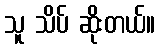
သူ သိပ် ဆိုးတယ်။